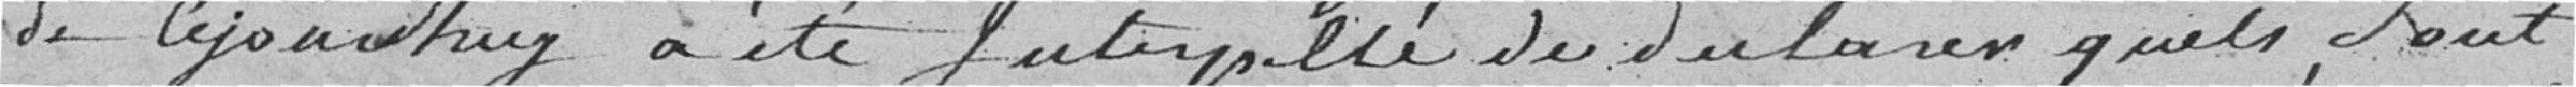
de ce jourd'hui a été interpellé de déclarer quels sont